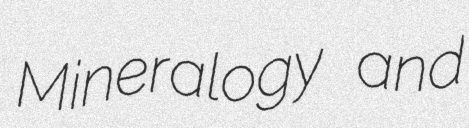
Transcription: Mineralogy and